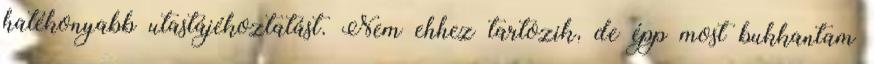
hatékonyabb utastájékoztatást. Nem ehhez tartozik, de épp most bukkantam